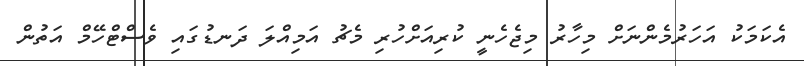
އެކަމަކު އަހަރުމެންނަށް މިހާރު މިޖެހެނީ ކުރިއަށްހުރި މެޗު އަމިއްލަ ދަނޑުގައި ވެސްޓްހޭމް އަތުން